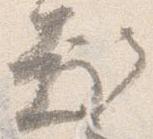
趣